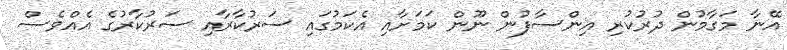
އޭނާ މަގާމުން ދުރުކުރި އިންސާފުން ނޫން ކަމަށާއި އެކަމުގައި ސަރުކާރާއި ސަރުކާރުގެ އެއްވެސް